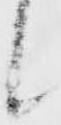
候